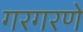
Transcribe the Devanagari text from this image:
गरगरणे